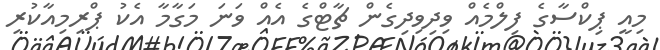
މިއީ ޕިކްސާގެ ފިލްމެއް ވިދިވިދިގެން ޗާޓްގެ އެއް ވަނަ މަގާމާ އެކު ޕްރިމިއާކުރި